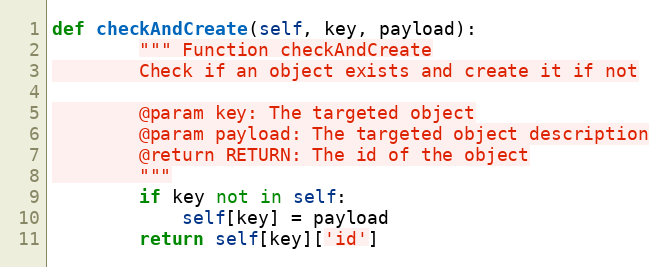
Language: Python
def checkAndCreate(self, key, payload):
        """ Function checkAndCreate
        Check if an object exists and create it if not

        @param key: The targeted object
        @param payload: The targeted object description
        @return RETURN: The id of the object
        """
        if key not in self:
            self[key] = payload
        return self[key]['id']